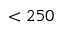
< 2 5 0